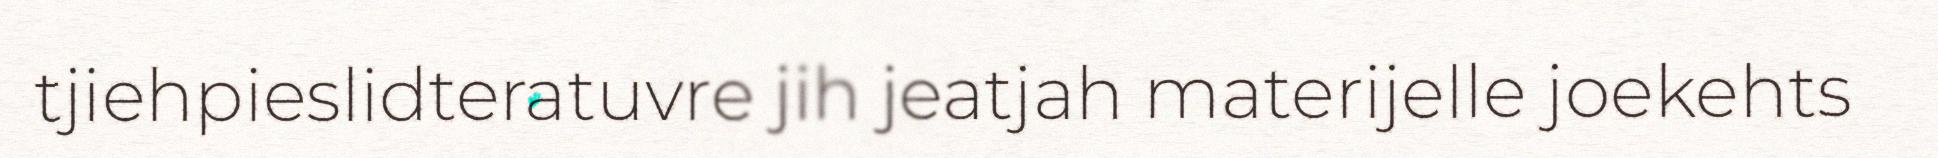
tjiehpieslidteratuvre jih jeatjah materijelle joekehts